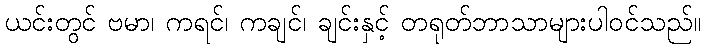
ယင်းတွင် ဗမာ၊ ကရင်၊ ကချင်၊ ချင်းနှင့် တရုတ်ဘာသာများပါဝင်သည်။